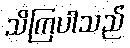
သိကြပါသည်